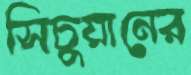
সিচুয়ানের